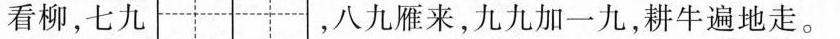
看柳，七九 ，八九雁来，九九加一九，耕牛遍地走。